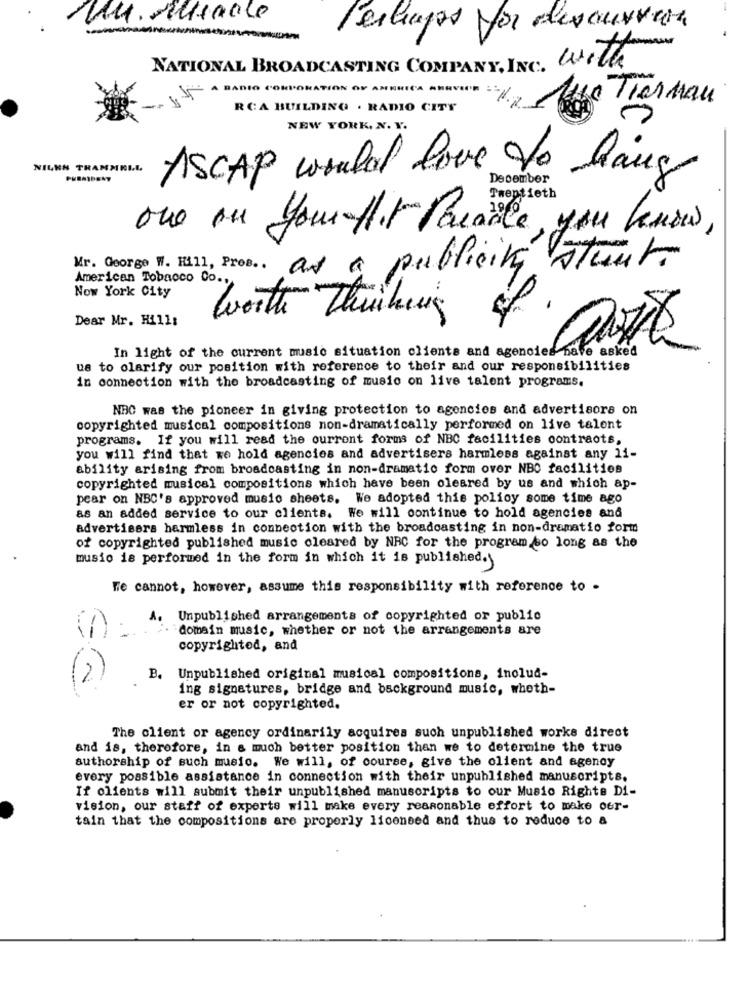
vu. usable
l'estragos for discussion
-
NATIONAL BROADCASTING COMPANY, INC. With
IT- A RADIO CORPORATION OF ANDRICA
Tiernan
RCA BUILDING . RADIO CITY
NEW YORK, N. Y.
NILKN TRAMMELL
ASCAP would love to hang
oue su your Hit Parade, you know,
Proo .. as a publicity stunt
American Tobacco Do ..
Now York City
-
Dear Mr. Hills
Worth Thinking
In light of the current music situation clients and agencies have asked
us to clarify our position with reference to their and our responsibilities
in connection with the broadcasting of music on live talent programs.
NBC was the pioneer in giving protection to agencies and advertisors on
copyrighted musical compositions non-dramatically performed on live talent
programs. If you will read the current forms of NBC facilities contraots,
you will find that we hold agencies and advertisers harmless against any 11-
ability arising from broadcasting in non-dramatic form over NBC facilities
copyrighted musical compositions which have been cleared by us and which ap-
pear on NBC's approved music sheets. We adopted this policy some time ago
as an added service to our clients. We will continue to hold agencies and
advertisers harmless in connection with the broadcasting in non-dramatio form
of copyrighted published music cleared by NRC for the program so long as the
musio is performed in the form in which it is published.
Fe cannot, however, assume this responsibility with reference to .
A. Unpublished arrangements of copyrighted or public
domain music, whether or not the arrangements are
copyrighted, and
B.
Unpublished original musical compositions, inolud-
ing signatures, bridge and background music, whoth-
er or not copyrighted.
The client or agency ordinarily acquires such unpublished works direct
and is, therefore, in a much better position than we to determine the true
authorship of such musio. We will, of course, give the client and agency
every possible assistance in connection with their unpublished manuscripts.
If clients will submit their unpublished manuscripts to our Music Rights Di-
vision, our staff of experts will make every reasonable effort to make oer-
tain that the compositions are properly licensed and thus to reduce to a